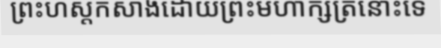
ព្រះហស្តកសាងដោយព្រះមហាក្សត្រនោះទេ